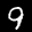
Label: 9